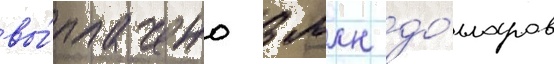
вы́плачено 3 млн до́лларов